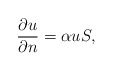
\begin{align*}\dfrac{\partial u} {\partial n} =\alpha u S,\end{align*}